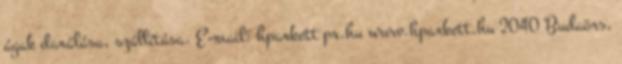
ágak darálása, szállítása. E-mail: hparkett pr.hu www.hparkett.hu 2040 Budaörs,